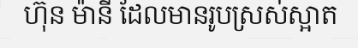
ហ៊ុន ម៉ានី ដែលមានរូបស្រស់ស្អាត